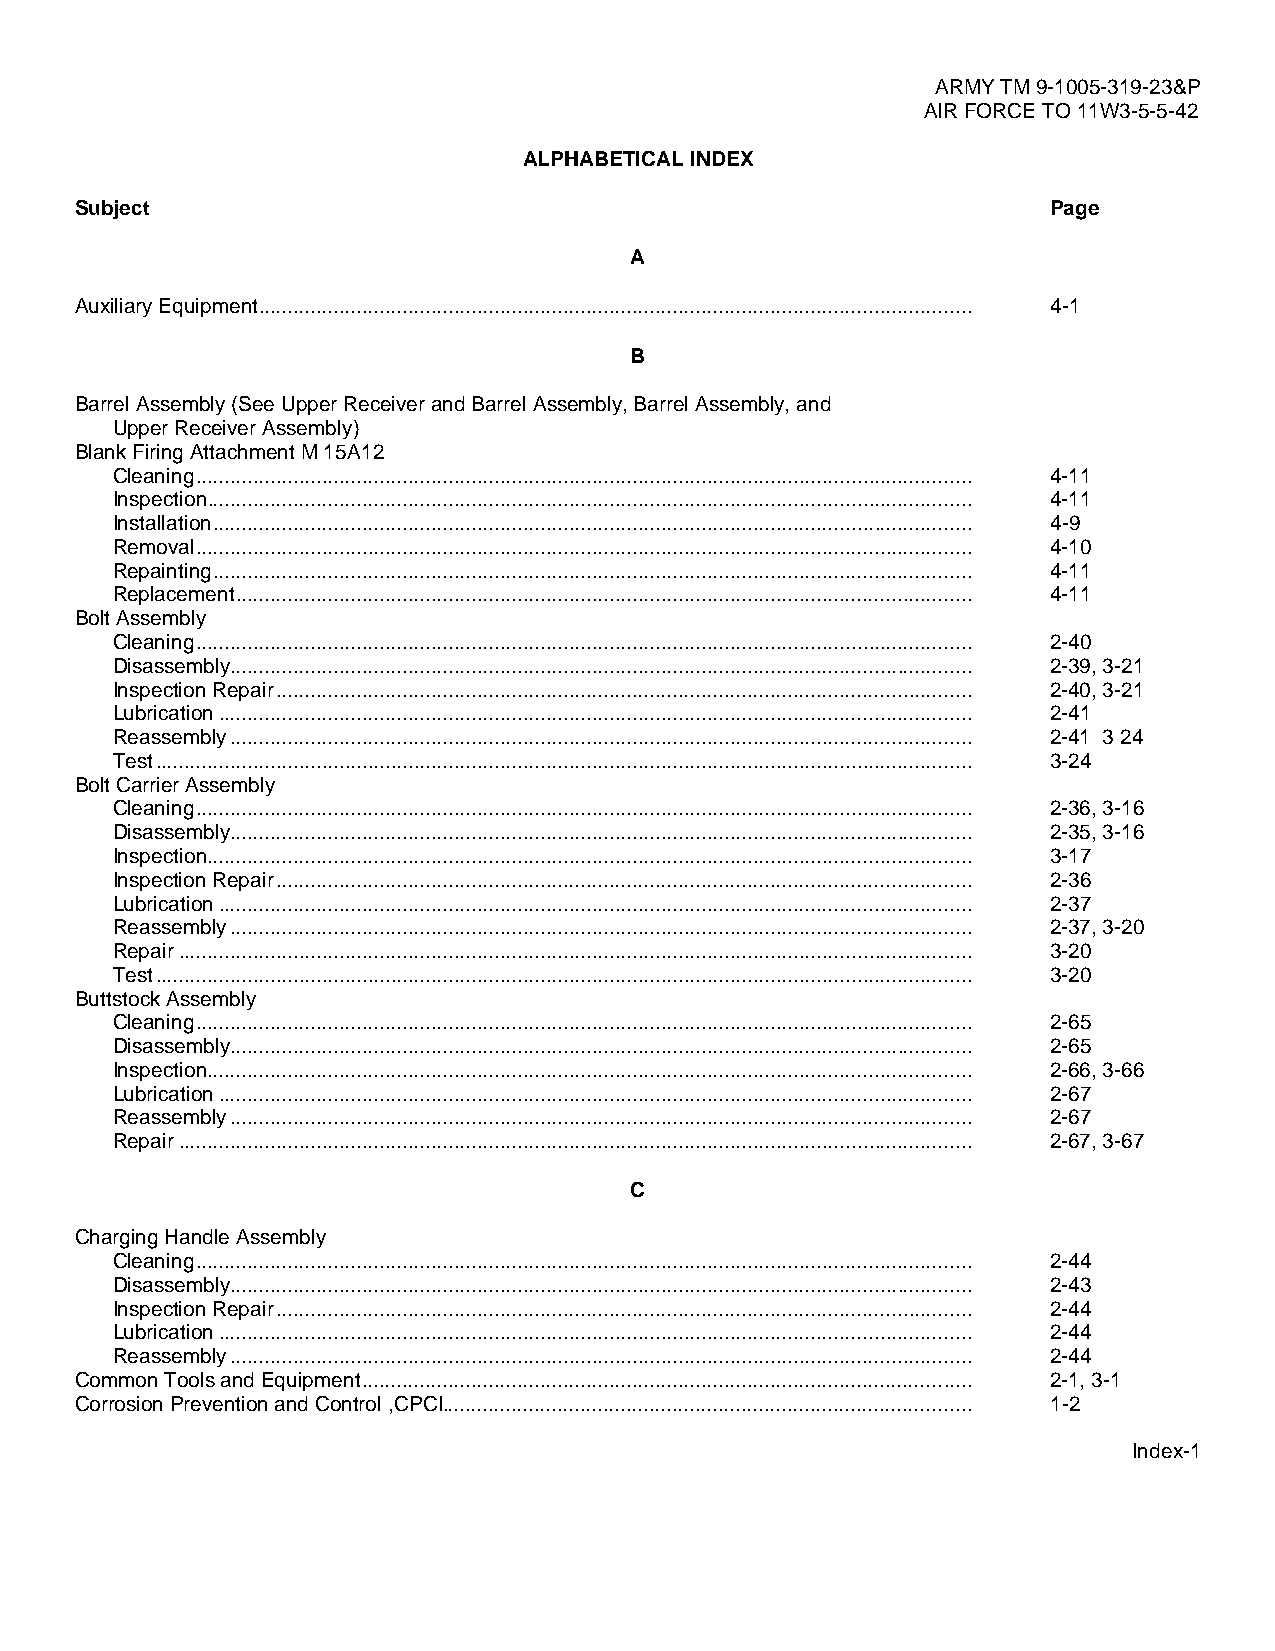
ARMY TM 9-1005-319-23&P
 AIR FORCE TO 11W3-5-5-42
 ALPHABETICAL INDEX
 Subject                                                          Page
 A
 Auxiliary Equipment............................................................................................................................ 4-1
 B
 Barrel Assembly (See Upper Receiver and Barrel Assembly, Barrel Assembly, and
 Upper Receiver Assembly)
 Blank Firing Attachment M 15A12
 Cleaning....................................................................................................................................... 4-11
 Inspection..................................................................................................................................... 4-11
 Installation.................................................................................................................................... 4-9
 Removal....................................................................................................................................... 4-10
 Repainting.................................................................................................................................... 4-11
 Replacement................................................................................................................................ 4-11
 Bolt Assembly
 Cleaning....................................................................................................................................... 2-40
 Disassembly................................................................................................................................. 2-39, 3-21
 Inspection Repair......................................................................................................................... 2-40, 3-21
 Lubrication................................................................................................................................... 2-41
 Reassembly................................................................................................................................. 2-41 3 24
 Test.............................................................................................................................................. 3-24
 Bolt Carrier Assembly
 Cleaning....................................................................................................................................... 2-36, 3-16
 Disassembly................................................................................................................................. 2-35, 3-16
 Inspection..................................................................................................................................... 3-17
 Inspection Repair......................................................................................................................... 2-36
 Lubrication................................................................................................................................... 2-37
 Reassembly................................................................................................................................. 2-37, 3-20
 Repair.......................................................................................................................................... 3-20
 Test.............................................................................................................................................. 3-20
 Buttstock Assembly
 Cleaning....................................................................................................................................... 2-65
 Disassembly................................................................................................................................. 2-65
 Inspection..................................................................................................................................... 2-66, 3-66
 Lubrication................................................................................................................................... 2-67
 Reassembly................................................................................................................................. 2-67
 Repair.......................................................................................................................................... 2-67, 3-67
 C
 Charging Handle Assembly
 Cleaning....................................................................................................................................... 2-44
 Disassembly................................................................................................................................. 2-43
 Inspection Repair......................................................................................................................... 2-44
 Lubrication................................................................................................................................... 2-44
 Reassembly................................................................................................................................. 2-44
 Common Tools and Equipment.......................................................................................................... 2-1, 3-1
 Corrosion Prevention and Control ,CPCI............................................................................................ 1-2
 Index-1